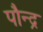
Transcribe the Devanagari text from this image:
पौन्द्र